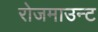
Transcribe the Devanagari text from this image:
रोजमाउन्ट